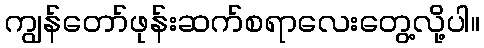
ကျွန်တော်ဖုန်းဆက်စရာလေးတွေ့လို့ပါ။